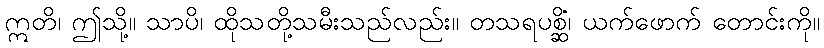
ဣတိ၊ ဤသို့။ သာပိ၊ ထိုသတို့သမီးသည်လည်း။ တသရပစ္ဆိံ၊ ယက်ဖောက် တောင်းကို။